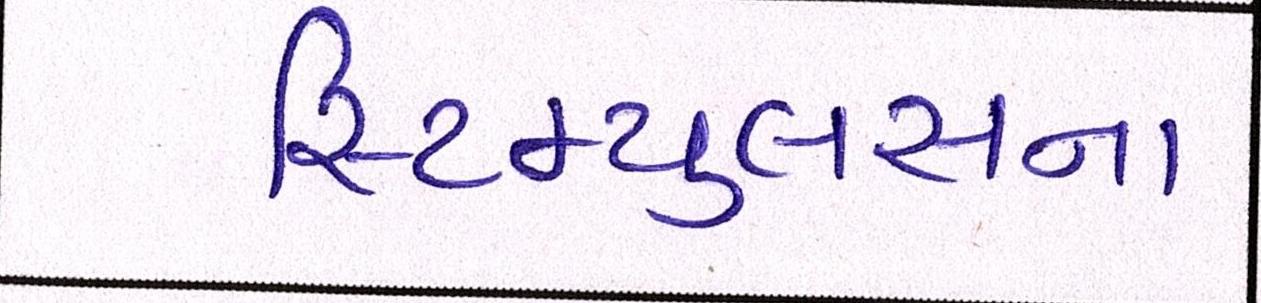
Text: સ્ટિમ્યુલસના